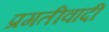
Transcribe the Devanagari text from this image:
प्रगतीवादी